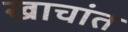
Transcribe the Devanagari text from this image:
खाचांत